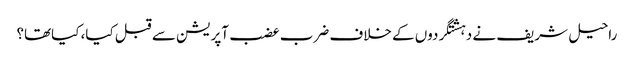
راحیل شریف نے دہشتگردوں کے خلاف ضرب عضب آپریشن سے قبل کیا، کیاتھا؟